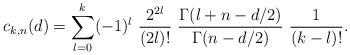
LaTeX: \begin{align*}c_{k,n}(d)=\sum_{l=0}^k (-1)^l~{2^{2l} \over (2l)!}~{\Gamma(l+n-d/2) \over \Gamma(n-d/2)}~ {1 \over (k-l)!}.\end{align*}